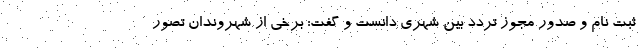
ثبت نام و صدور مجوز تردد بین شهری دانست و گفت: برخی از شهروندان تصور